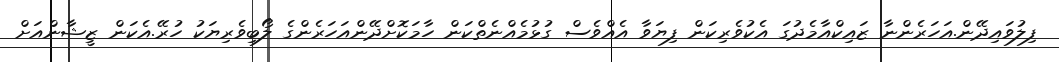
ފިލުވައިދޭން.އަހަރެންނާ ޒައިކްއާމެދުގަ އެކުވެރިކަން ފިޔަވާ އެއްވެސް ގުޅުމެއްނެތްކަން ހާމަކޮށްދޭންއަހަރެންގެ ލޯބިވެރިޔަކު ހުރޭ.އެކަން ޒީޝާންއަށް